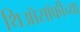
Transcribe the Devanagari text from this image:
थिऑसॉफीच्या